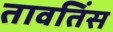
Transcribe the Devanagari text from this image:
तावतिंस